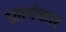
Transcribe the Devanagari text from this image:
प्रलयंकार